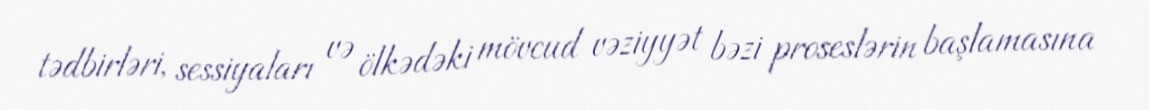
tədbirləri, sessiyaları və ölkədəki mövcud vəziyyət bəzi proseslərin başlamasına